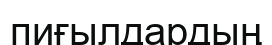
пиғылдардың